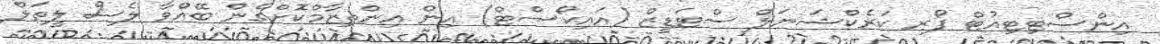
އިންސްޓިޓިއުޓް ފޯރ ކަރެކްޝަނަލް ސްޓަޑީޒް (އައިކޯސްޓް) އިން އިންތިޒާމްކޮށްގެން ބޭއްވާ ލެސް ލީތަލް